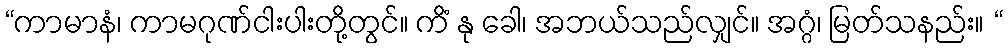
“ကာမာနံ၊ ကာမဂုဏ်ငါးပါးတို့တွင်။ ကိံ နု ခေါ၊ အဘယ်သည်လျှင်။ အဂ္ဂံ၊ မြတ်သနည်း။ “